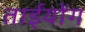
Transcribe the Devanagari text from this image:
ताईयोंग